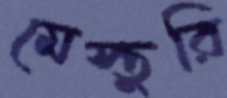
মেস্তুরি